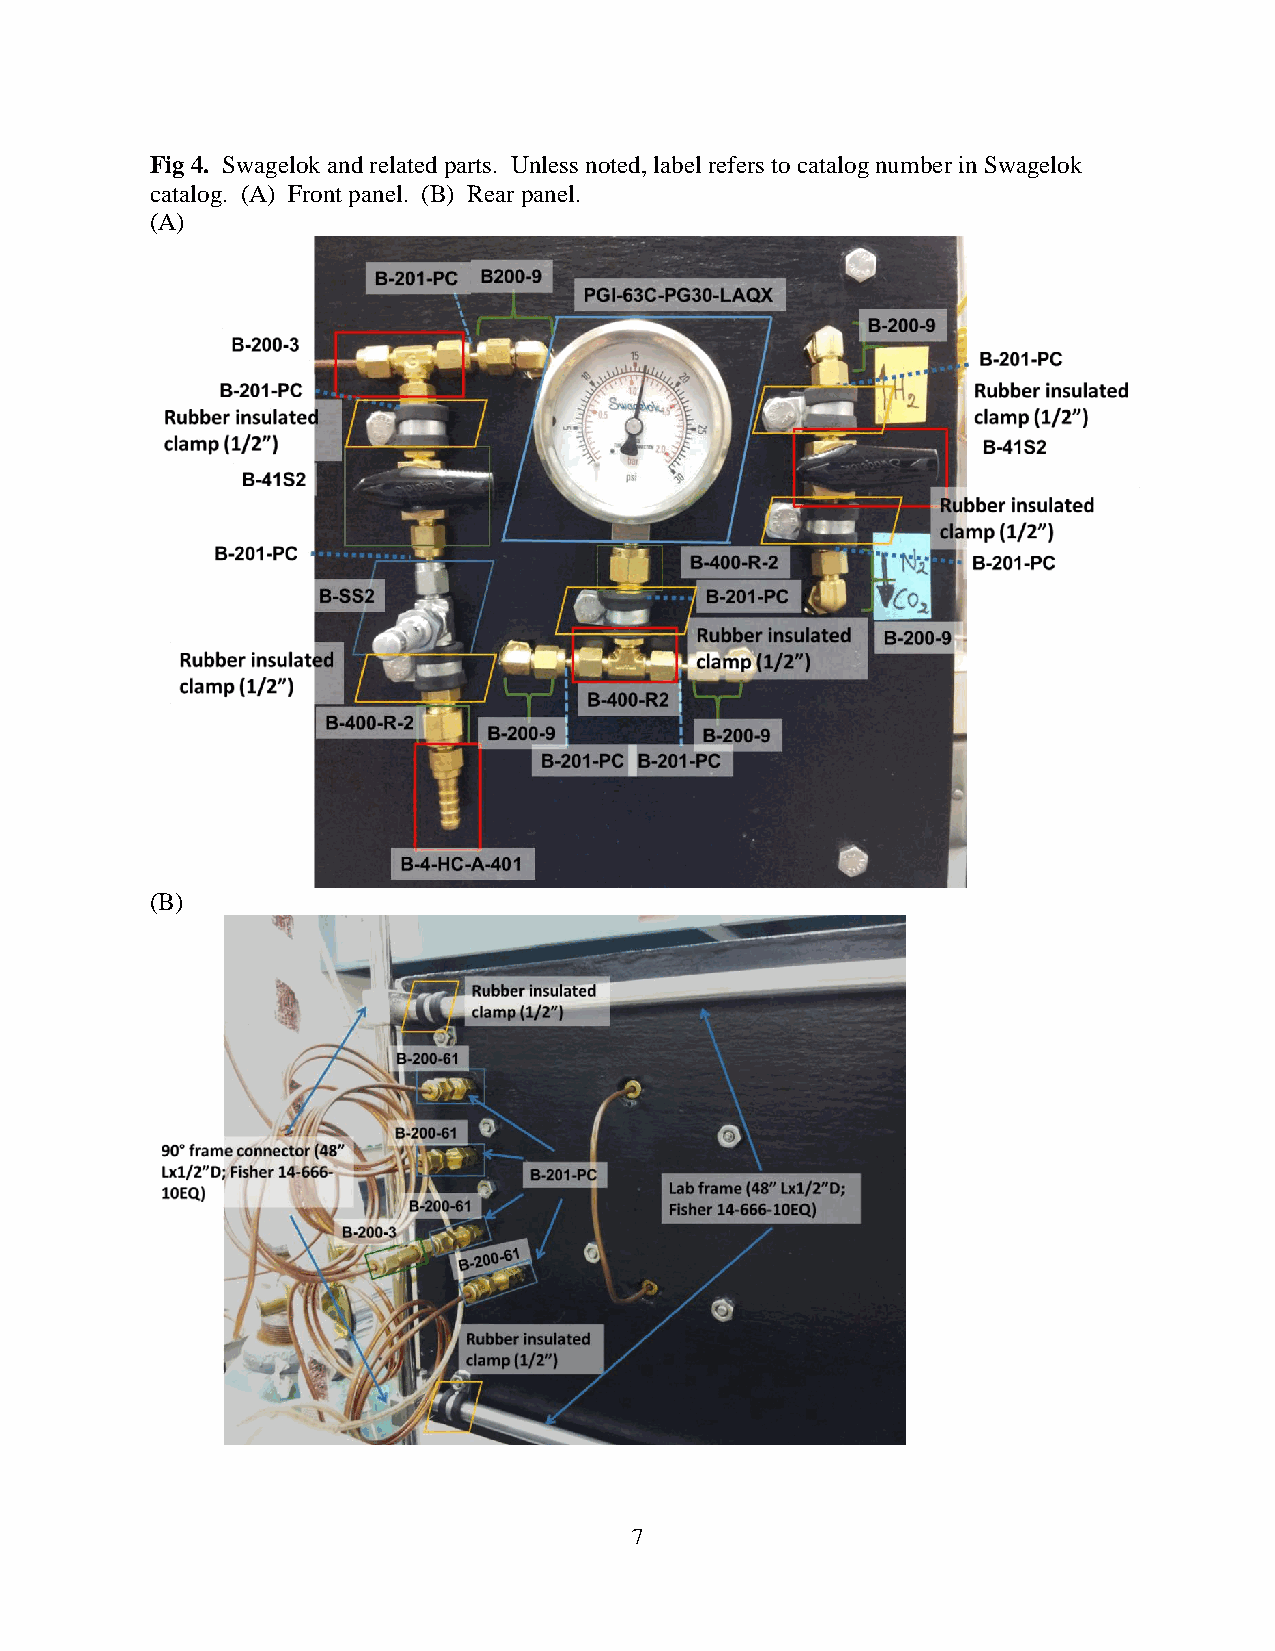
Fig 4. Swagelok and related parts. Unless noted, label refers to catalog number in Swagelok
 catalog. (A) Front panel. (B) Rear panel.
 (A)
 (B)
 7